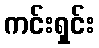
ကင်းရှင်း